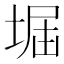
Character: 𡌷